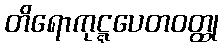
တိရောကုဋ္ဋပေတဝတ္ထု